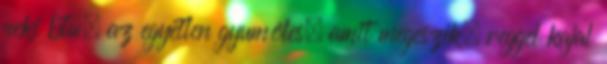
neki btw. az egyetlen gyumölcs, amit megeszik. reggel kajal